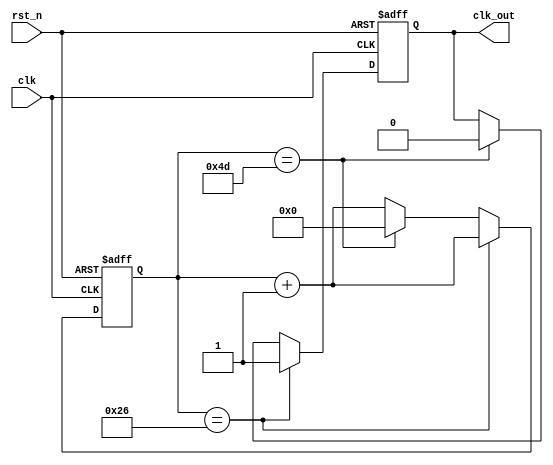
module generate_clk(
	clk,
	rst_n,
	clk_out);

	//---Ports declearation: generated by Robei---
	input clk;
	input rst_n;
	output clk_out;

	wire clk;
	wire rst_n;
	reg clk_out;

	//----Code starts here: integrated by Robei-----
		`define DEL 1
		
	  //
		// Division is 78, which duty is 50% and frequency is 153846Hz
	  // 153846 = 16 * 9600
		//
	  reg [6:0] cnt;
	
	  always @( posedge clk or negedge rst_n ) begin
	    if( ~rst_n ) begin
	      cnt     <= #`DEL 7'd0;
	      clk_out <= #`DEL 1'b0;
	    end
	    else if( cnt == 7'd38 ) begin
	      cnt     <= #`DEL cnt + 7'd1;
	      clk_out <= #`DEL 1'b1;
	    end
	    else if( cnt == 7'd77 ) begin
	      cnt     <= #`DEL 7'd0;
	      clk_out <= #`DEL 1'b0;
	    end
	    else begin
	      cnt     <= #`DEL cnt + 7'd1;
	    end
	  end  
	
endmodule    //generate_clk